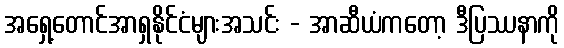
အရှေ့တောင်အာရှနိုင်ငံများအသင်း - အာဆီယံကတော့ ဒီပြဿနာကို